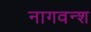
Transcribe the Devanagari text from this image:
नागवन्श